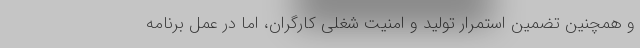
و همچنين تضمين استمرار توليد و امنيت شغلی کارگران، اما در عمل برنامه